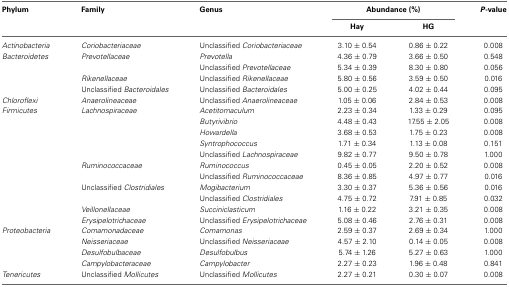
<table><thead><tr><td><b>Phylum</b></td><td><b>Family</b></td><td><b>Genus</b></td><td colspan="2"><b>Abundance (%)</b></td><td><b><i>P</i>-value</b></td></tr><tr><td></td><td></td><td></td><td><b>Hay</b></td><td><b>HG</b></td><td></td></tr></thead><tbody><tr><td><i>Actinobacteria</i></td><td><i>Coriobacteriaceae</i></td><td>Unclassified <i>Coriobacteriaceae</i></td><td>3.10 ± 0.54</td><td>0.86 ± 0.22</td><td>0.008</td></tr><tr><td><i>Bacteroidetes</i></td><td><i>Prevotellaceae</i></td><td><i>Prevotella</i></td><td>4.36 ± 0.79</td><td>3.66 ± 0.50</td><td>0.548</td></tr><tr><td></td><td></td><td>Unclassified <i>Prevotellaceae</i></td><td>5.34 ± 0.39</td><td>8.30 ± 0.80</td><td>0.056</td></tr><tr><td></td><td><i>Rikenellaceae</i></td><td>Unclassified <i>Rikenellaceae</i></td><td>5.80 ± 0.56</td><td>3.59 ± 0.50</td><td>0.016</td></tr><tr><td></td><td>Unclassified <i>Bacteroidales</i></td><td>Unclassified <i>Bacteroidales</i></td><td>5.00 ± 0.25</td><td>4.02 ± 0.44</td><td>0.095</td></tr><tr><td><i>Chloroflexi</i></td><td><i>Anaerolineaceae</i></td><td>Unclassified <i>Anaerolineaceae</i></td><td>1.05 ± 0.06</td><td>2.84 ± 0.53</td><td>0.008</td></tr><tr><td><i>Firmicutes</i></td><td><i>Lachnospiraceae</i></td><td><i>Acetitomaculum</i></td><td>2.23 ± 0.34</td><td>1.33 ± 0.29</td><td>0.095</td></tr><tr><td></td><td></td><td><i>Butyrivibrio</i></td><td>4.48 ± 0.43</td><td>17.55 ± 2.05</td><td>0.008</td></tr><tr><td></td><td></td><td><i>Howardella</i></td><td>3.68 ± 0.53</td><td>1.75 ± 0.23</td><td>0.008</td></tr><tr><td></td><td></td><td><i>Syntrophococcus</i></td><td>1.71 ± 0.34</td><td>1.13 ± 0.08</td><td>0.151</td></tr><tr><td></td><td></td><td>Unclassified <i>Lachnospiraceae</i></td><td>9.82 ± 0.77</td><td>9.50 ± 0.78</td><td>1.000</td></tr><tr><td></td><td><i>Ruminococcaceae</i></td><td><i>Ruminococcus</i></td><td>0.45 ± 0.05</td><td>2.20 ± 0.52</td><td>0.008</td></tr><tr><td></td><td></td><td>Unclassified <i>Ruminococcaceae</i></td><td>8.36 ± 0.85</td><td>4.97 ± 0.77</td><td>0.016</td></tr><tr><td></td><td>Unclassified <i>Clostridiales</i></td><td><i>Mogibacterium</i></td><td>3.30 ± 0.37</td><td>5.36 ± 0.56</td><td>0.016</td></tr><tr><td></td><td></td><td>Unclassified <i>Clostridiales</i></td><td>4.75 ± 0.72</td><td>7.91 ± 0.85</td><td>0.032</td></tr><tr><td></td><td><i>Veillonellaceae</i></td><td><i>Succiniclasticum</i></td><td>1.16 ± 0.22</td><td>3.21 ± 0.35</td><td>0.008</td></tr><tr><td></td><td><i>Erysipelotrichaceae</i></td><td>Unclassified <i>Erysipelotrichaceae</i></td><td>5.08 ± 0.46</td><td>2.76 ± 0.31</td><td>0.008</td></tr><tr><td><i>Proteobacteria</i></td><td><i>Comamonadaceae</i></td><td><i>Comamonas</i></td><td>2.59 ± 0.37</td><td>2.69 ± 0.34</td><td>1.000</td></tr><tr><td></td><td><i>Neisseriaceae</i></td><td>Unclassified <i>Neisseriaceae</i></td><td>4.57 ± 2.10</td><td>0.14 ± 0.05</td><td>0.008</td></tr><tr><td></td><td><i>Desulfobulbaceae</i></td><td><i>Desulfobulbus</i></td><td>5.74 ± 1.26</td><td>5.27 ± 0.63</td><td>1.000</td></tr><tr><td></td><td><i>Campylobacteraceae</i></td><td><i>Campylobacter</i></td><td>2.27 ± 0.23</td><td>1.96 ± 0.48</td><td>0.841</td></tr><tr><td><i>Tenericutes</i></td><td>Unclassified <i>Mollicutes</i></td><td>Unclassified <i>Mollicutes</i></td><td>2.27 ± 0.21</td><td>0.30 ± 0.07</td><td>0.008</td></tr></tbody></table>